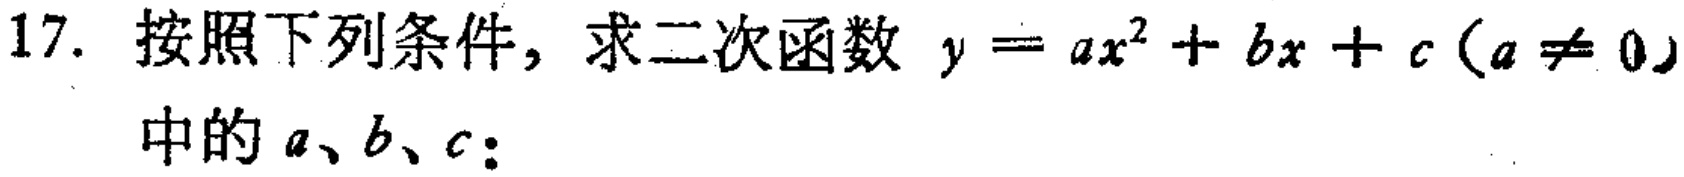
17. 按照下列条件，求二次函数 \(y = ax^{2}+bx + c(a\neq 0)\) 中的 \(a、b、c\)：